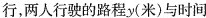
行，两人行驶的路程y(米)与时间